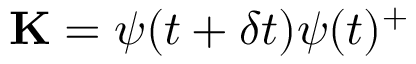
\mathbf { K } = \boldsymbol { \psi } ( { t + \delta t } ) \boldsymbol { \psi } ( t ) ^ { + }